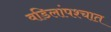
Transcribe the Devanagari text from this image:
वडिलांपश्चात